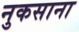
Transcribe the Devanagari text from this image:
नुकसाना